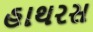
હાથરસ